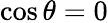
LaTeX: \cos{\theta}=0